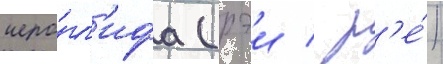
иеро́гл'ифа (рэи / р'е́)